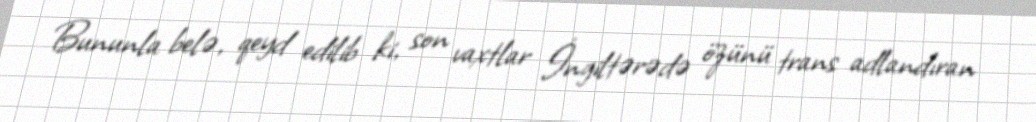
Bununla belə, qeyd edilib ki, son vaxtlar İngiltərədə özünü trans adlandıran